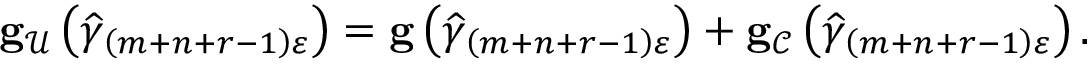
\begin{array} { r } { \mathbf { g } _ { \mathcal { U } } \left( \widehat { \gamma } _ { \left( m + n + r - 1 \right) \varepsilon } \right) = \mathbf { g } \left( \widehat { \gamma } _ { \left( m + n + r - 1 \right) \varepsilon } \right) + \mathbf { g } _ { \mathcal { C } } \left( \widehat { \gamma } _ { \left( m + n + r - 1 \right) \varepsilon } \right) . } \end{array}